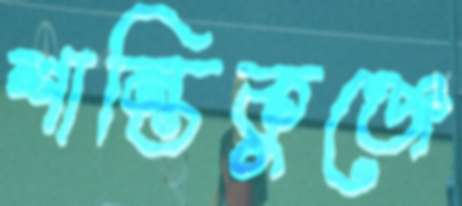
শান্তিকুঞ্জে